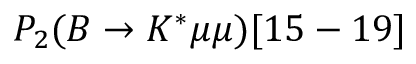
P _ { 2 } ( B \to K ^ { * } \mu \mu ) [ 1 5 - 1 9 ]